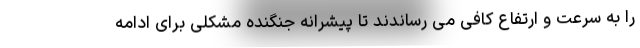
را به سرعت و ارتفاع کافی می رساندند تا پیشرانه جنگنده مشکلی برای ادامه